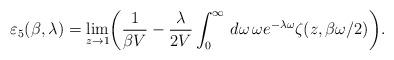
LaTeX: \begin{align*}\varepsilon_{5}(\beta,\lambda)=\lim_{z\rightarrow 1}\biggl(\frac{1}{\beta V}-\frac{\lambda}{2 V}\int_{0}^{\infty}\,d\omega\,\omega e^{-\lambda\omega}\zeta(z,\beta\omega/2)\biggr).\end{align*}